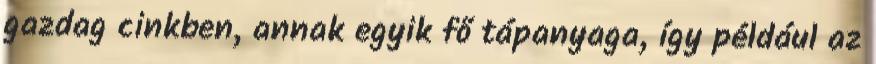
gazdag cinkben, annak egyik fő tápanyaga, így például az